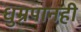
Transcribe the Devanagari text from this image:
धुम्रपानही